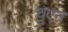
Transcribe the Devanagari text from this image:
चुएन